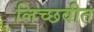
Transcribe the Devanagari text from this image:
लिच्छवीत